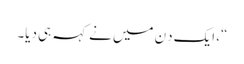
“، ایک دِن میں نے کہہ ہی دیا۔